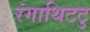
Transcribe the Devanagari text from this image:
रंगाथिटटु